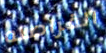
القراصنه